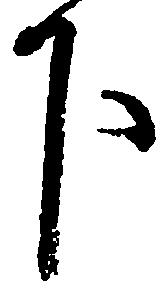
下